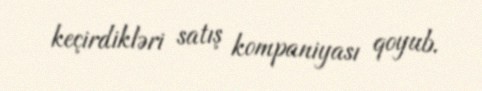
keçirdikləri satış kompaniyası qoyub.